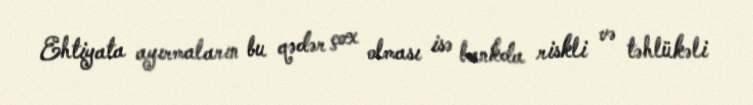
Ehtiyata ayırmaların bu qədər çox olması isə bankda riskli və təhlükəli